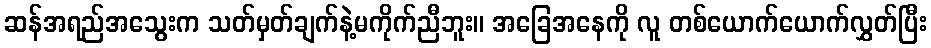
ဆန်အရည်အသွေးက သတ်မှတ်ချက်နဲ့မကိုက်ညီဘူး။ အခြေအနေကို လူ တစ်ယောက်ယောက်လွှတ်ပြီး